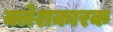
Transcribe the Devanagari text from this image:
क्लेशकारक